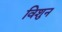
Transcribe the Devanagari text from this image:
विशुन